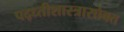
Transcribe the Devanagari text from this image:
पद्ध्तीशास्त्रासोबत